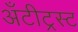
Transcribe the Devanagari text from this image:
अँटीट्रस्ट